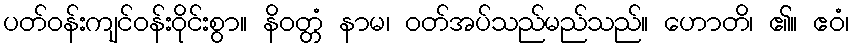
ပတ်ဝန်းကျင်ဝန်းဝိုင်းစွာ။ နိဝတ္တံ နာမ၊ ဝတ်အပ်သည်မည်သည်။ ဟောတိ၊ ၏။ ဧဝံ၊